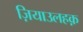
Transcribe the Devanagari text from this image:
ज़ियाउलहक़